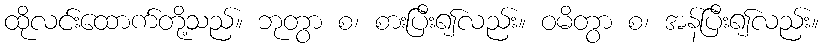
ထိုလင်းထောက်တို့သည်။ ဘုတွာ စ၊ စားပြီး၍လည်း။ ဝမိတွာ စ၊ အန်ပြီး၍လည်း။